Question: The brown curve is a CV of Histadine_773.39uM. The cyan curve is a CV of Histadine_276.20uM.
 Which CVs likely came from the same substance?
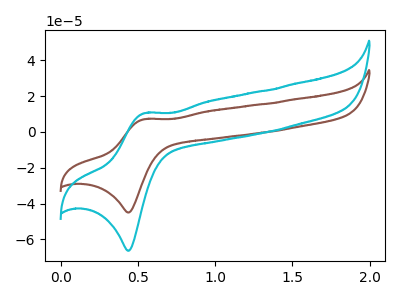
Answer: <think>The brown curve "Histadine_773.39uM" has an anodic peak at (0.55V, 7.15uA) and a cathodic peak at (0.45V, -45.00uA). The cyan curve "Histadine_276.20uM" has an anodic peak at (0.55V, 10.50uA) and a cathodic peak at (0.45V, -66.35uA).
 All the peaks in "Histadine_773.39uM" have a peak in "Histadine_276.20uM" at the same potential. Every peak in "Histadine_773.39uM" is lower than every peak in "Histadine_276.20uM".</think>
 <answer>"Histadine_773.39uM" and "Histadine_276.20uM" have the same shape and are likely CV's of the same chemical.</answer>
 <eval>"Histadine_773.39uM" "Histadine_276.20uM"</eval>